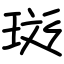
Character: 珳